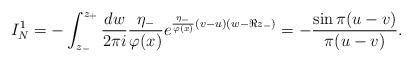
LaTeX: \begin{align*} I_{N}^{1} &= - \int_{z_{-}}^{z_{+}} \frac{dw }{2\pi i } \frac{\eta_{-}}{\varphi(x)} e^{\frac{\eta_{-}}{\varphi(x)}(v-u)(w - \Re{z_{-}})} = - \frac{ \sin \pi (u-v)}{\pi (u-v)}. \end{align*}